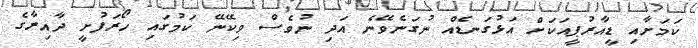
ކަމަށާއި ޑީއާރުޕީއަކަށް އަޅުގަނޑެއް ނުގަނެވޭނެ އަދި ނުވެސް ވިކޭނޭ ކަމުގައި ހޯރަފުށީ ދާއިރާގެ